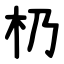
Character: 㭁